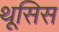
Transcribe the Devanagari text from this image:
थूसिस